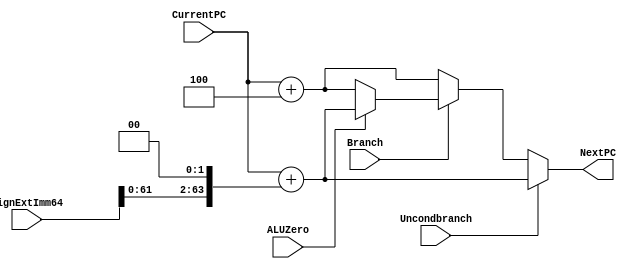
`timescale 1ns / 1ps

module NextPClogic(NextPC, CurrentPC, SignExtImm64, Branch, ALUZero, Uncondbranch); 
       	input [63:0] CurrentPC, SignExtImm64; 
       	input Branch, ALUZero, Uncondbranch; 
       	output reg [63:0] NextPC; 

       	reg [63:0] tempImm64;

    always @(*) begin

    	tempImm64 = SignExtImm64 << 2; // have to shift the value over by 2

    	// for unconditional branches
       	if(Uncondbranch) begin
       		NextPC  <= #1 CurrentPC + tempImm64; // jumps to that address
       	end
       	else if(Branch) begin // for conditional branches
       		if(ALUZero == 1) begin // it was zero therefore should branch
       			NextPC <= #2 CurrentPC + tempImm64;
       		end
       		else begin
       			NextPC <= #2 CurrentPC + 4; // if evaluates to false
       		end
       	end
       	else begin // branch and Uncondbranch are false
       		NextPC <= #2 CurrentPC + 4;
       	end
   	end

endmodule